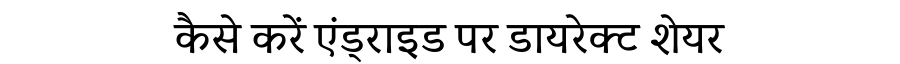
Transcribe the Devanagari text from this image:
कैसे करें एंड्राइड पर डायरेक्ट शेयर